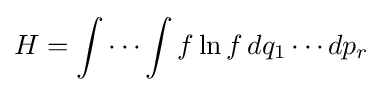
H=\int \cdots \int f\ln f\,dq_{1}\cdots dp_{r}